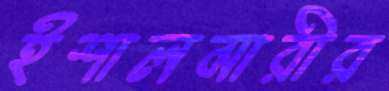
ইশালমারীর